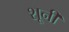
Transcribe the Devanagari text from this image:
शूनी